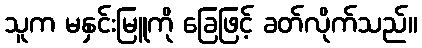
သူက မနှင်းမြူကို ခြေဖြင့် ခတ်လိုက်သည်။